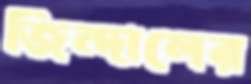
জিন্দালের